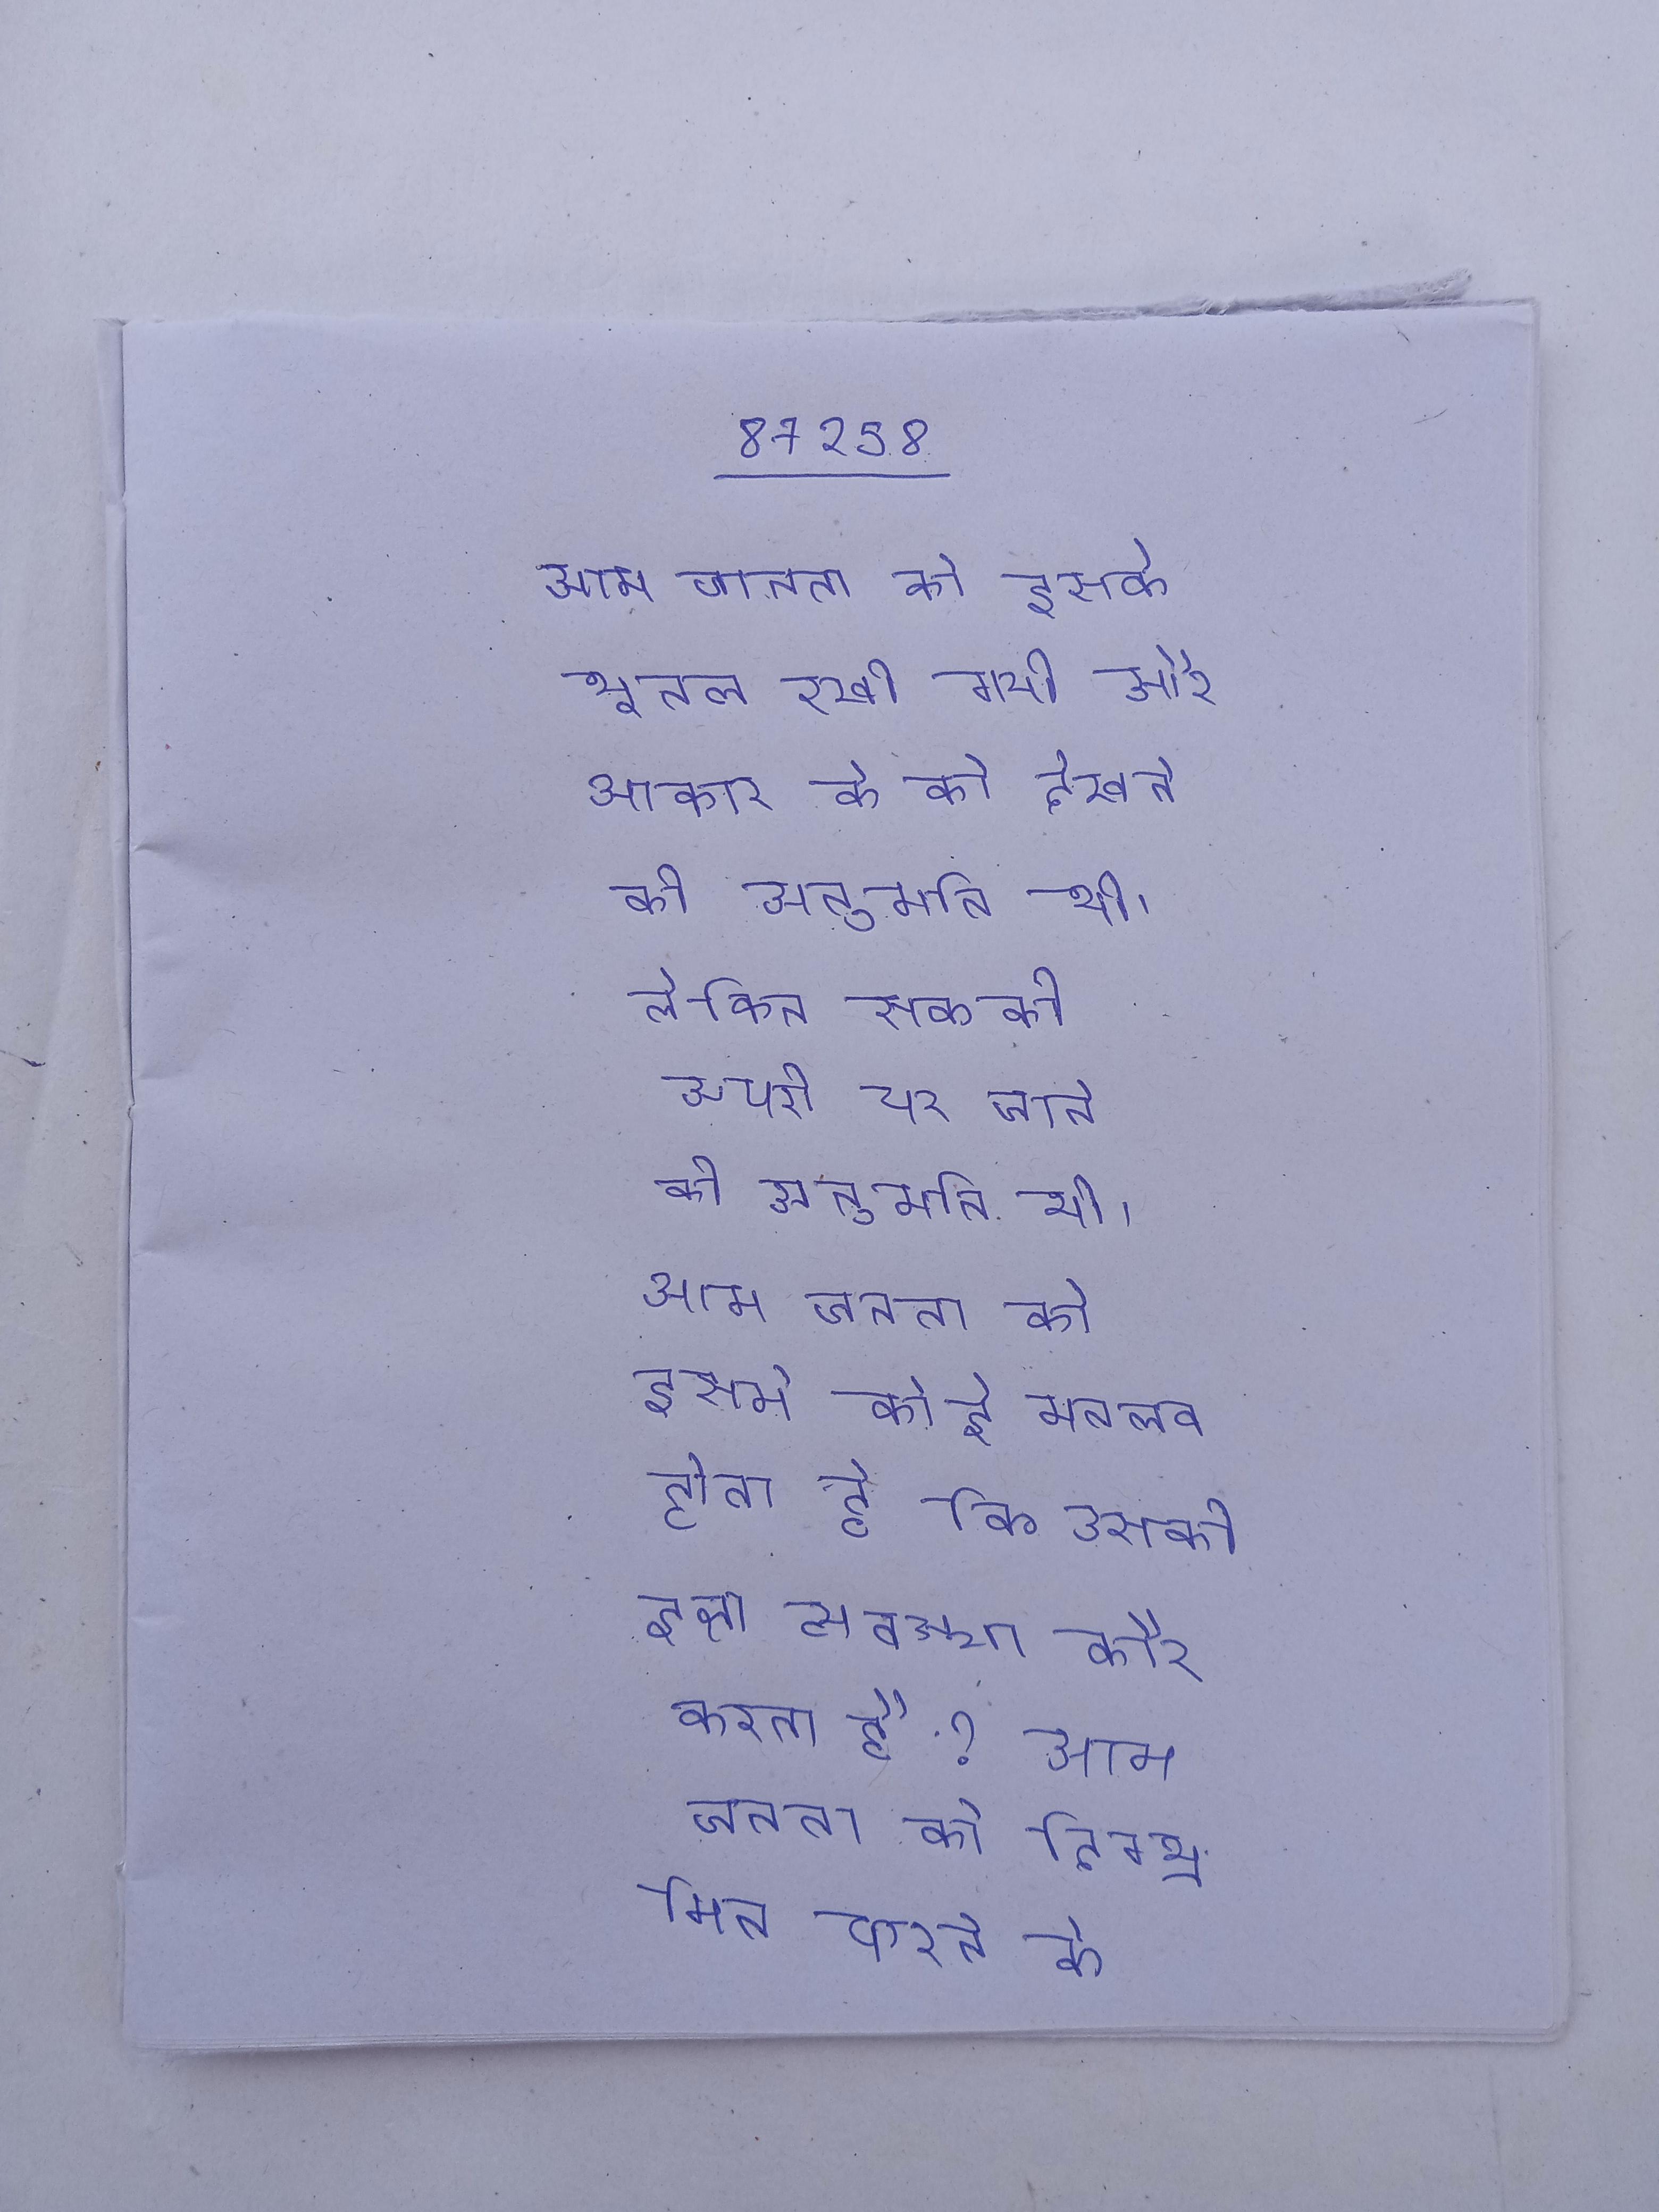
आम जनता को इसके भूतल रखी गयी और आकार के को देखने की अनुमति थी, लेकिन सबको ऊपरी पर जाने की अनुमति थी । आम जनता को इससे कोई मतलब होता है कि उसकी रक्षा व्यवस्था कौर करता है? आम जनता को दिग्भ्रमित करने के लिये सुल्तान के भान्जे को पर बिठा दिया गया ।